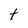
Character: t